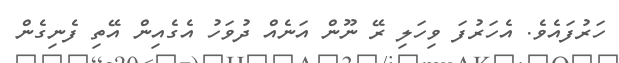
ހަރުފައެވެ. އެހަރުފަ ވިހަލި ރޭ ނޫން އަނެއް ދުވަހު އެގެއިން އޭތި ފެނިގެން